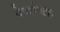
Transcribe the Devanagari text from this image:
नेगलेक्टस